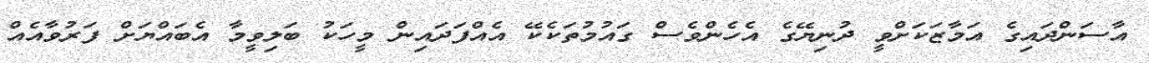
އާސަންދައިގެ އަމާޒަކަށްވީ ދުނިޔޭގެ އެހެންވެސް ގައުމުތަކެކޭ އެއްފަދައިން މީހަކު ބަލިވީމާ އެބައްޔަށް ފަރުވާއެއް